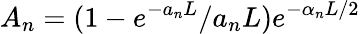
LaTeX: A_{n}=(1-e^{-a_{n}L}/a_{n}L)e^{-\alpha_{n}L/2}